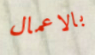
بالاعمال